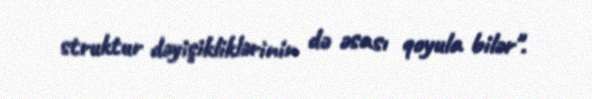
struktur dəyişikliklərinin də əsası qoyula bilər".